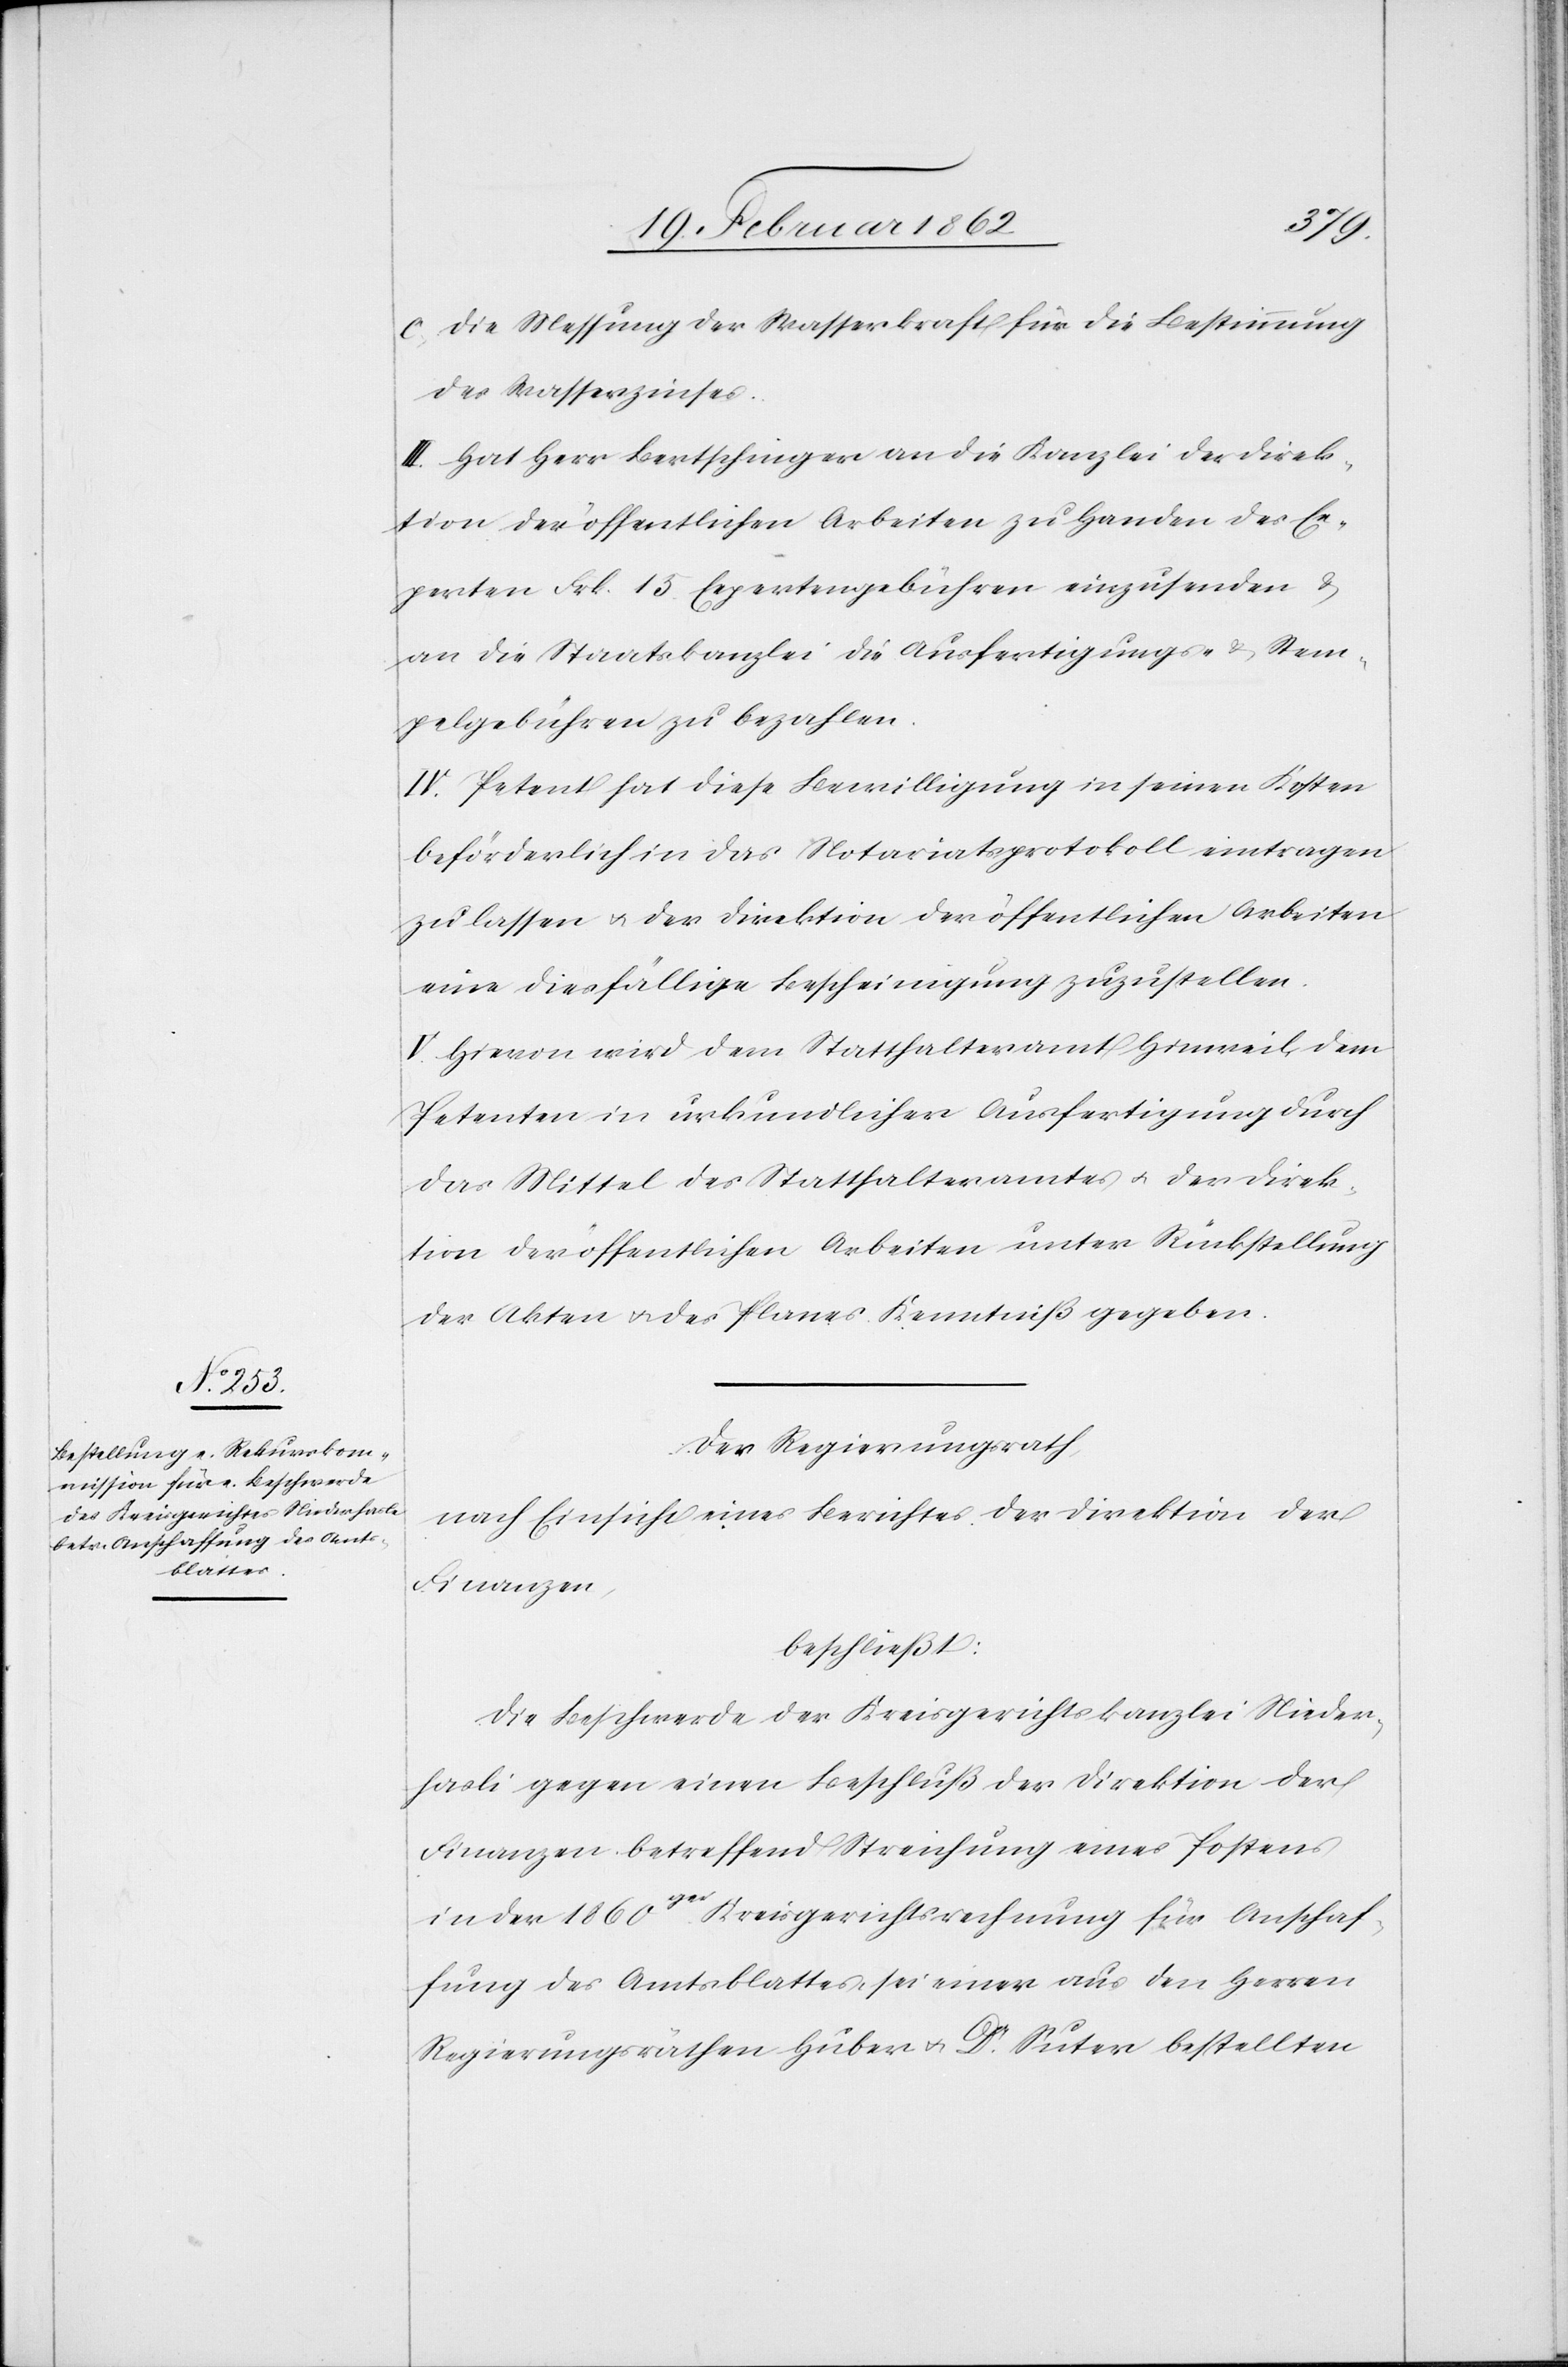
c) Die Messung der Wasserkraft für die Bestimmung
des Wasserzinses.
III. Hat Herr Bertschinger an die Kanzlei der Direk¬
tion der öffentlichen Arbeiten zu Handen der Ex¬
perten Frk. 15 Expertengebühren einzusenden &
an die Staatskanzlei die Ausfertigungs- & Stem¬
pelgebühren zu bezahlen.
IV. Petent hat diese Bewilligung in seinen Kosten
beförderlich in das Notariatsprotokoll eintragen
zu lassen u. der Direktion der öffentlichen Arbeiten
eine diesfällige Bescheinigung zuzustellen.
V. Hievon wird dem Statthalteramt Hinweil, dem
Petenten in urkundlicher Ausfertigung durch
das Mittel des Statthalteramtes u. der Direk¬
tion der öffentlichen Arbeiten unter Rückstellung
der Akten u. des Planes Kenntniß gegeben.
Der Regierungsrath,
nach Einsicht eines Berichtes der Direktion der
Finanzen,
beschließt:
Die Beschwerde der Kreisgerichtskanzlei Nieder¬
hasli gegen einen Beschluß der Direktion der
Finanzen betreffend Streichung eines Postens
in der 1860ger Kreisgerichtsrechnung für Anschaf¬
fung des Amtsblattes, sei einer aus den Herren
Regierungsräthen Huber u. Dr. Suter bestellten